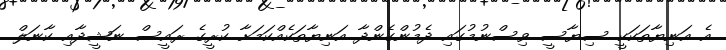
އެ އަނިޔާތަކަކީ ސިޔާސީ ވިސްނުމުގައި ދެމުންގެންދާ އަނިޔާތަކެއްކަމަށާ ކުރީގެ ރައީސް ނަޝީދާއި ކާނަލް